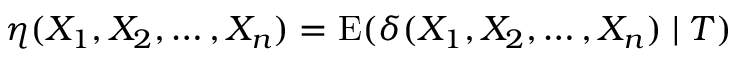
\eta ( X _ { 1 } , X _ { 2 } , \ldots , X _ { n } ) = \operatorname { E } ( \delta ( X _ { 1 } , X _ { 2 } , \ldots , X _ { n } ) \mid T )